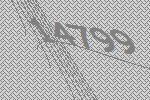
14799